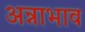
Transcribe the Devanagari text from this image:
अन्नाभाव